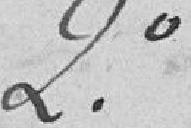
2°